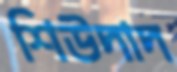
শিউদাদ